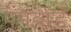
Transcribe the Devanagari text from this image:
पेगबोर्ड